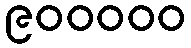
၉၀၀၀၀၀